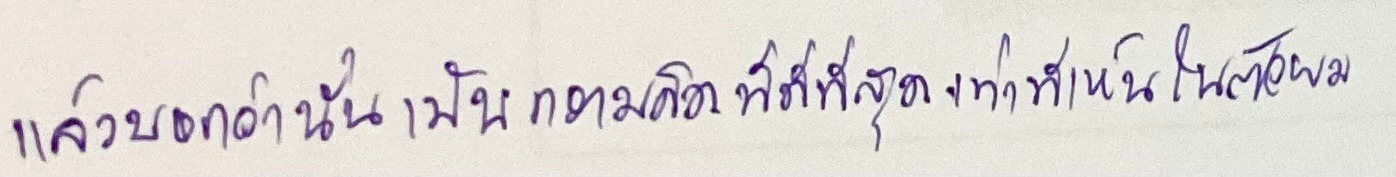
แล้วบอกว่านั่นเป็นความคิดที่ดีที่สุดเท่าที่เห็นในตัวผม